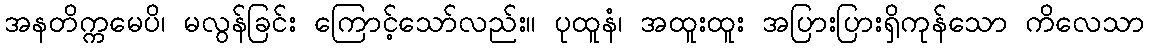
အနတိက္ကမေပိ၊ မလွန်ခြင်း ကြောင့်သော်လည်း။ ပုထူနံ၊ အထူးထူး အပြားပြားရှိကုန်သော ကိလေသာ